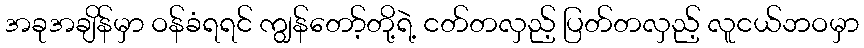
အခုအချိန်မှာ ဝန်ခံရရင် ကျွန်တော့်တို့ရဲ့ ငတ်တလှည့် ပြတ်တလှည့် လူငယ်ဘဝမှာ